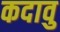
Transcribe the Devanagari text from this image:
कदावु